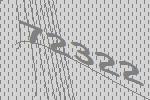
72322